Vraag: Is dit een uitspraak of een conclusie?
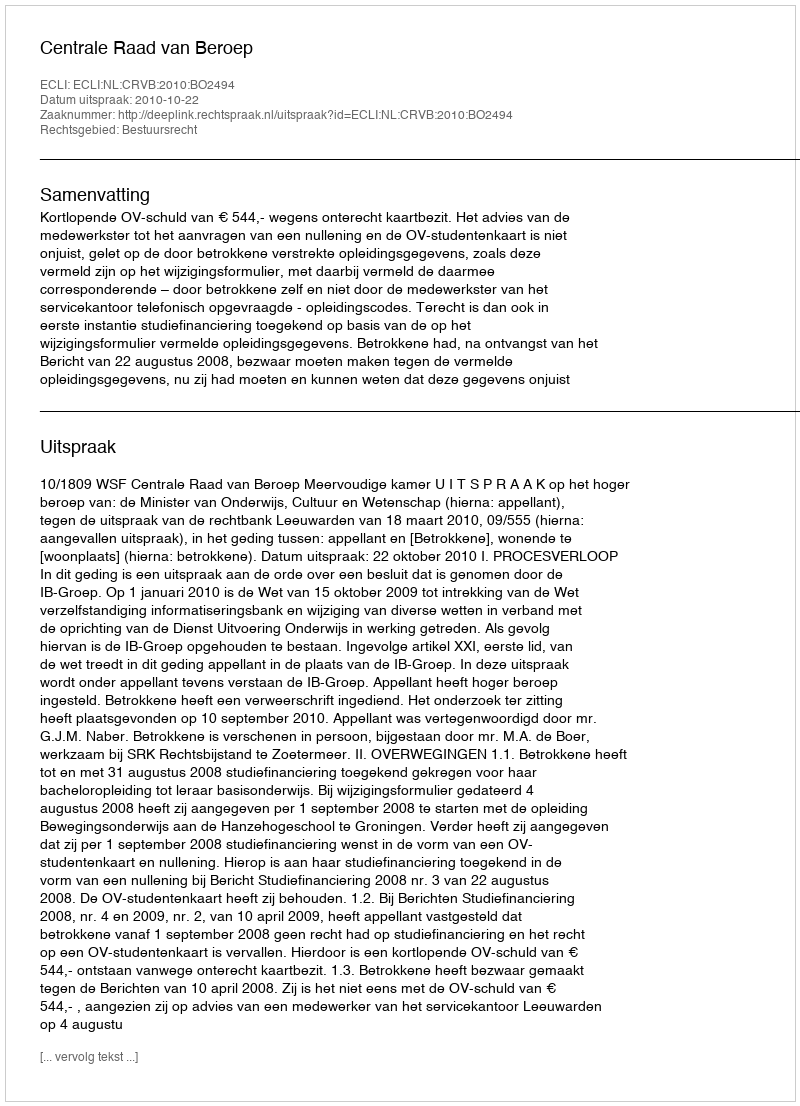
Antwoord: Uitspraak